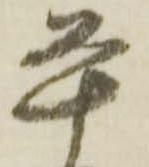
平